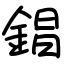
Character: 錩